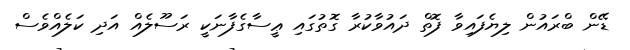
ޑޭން ބްރައުން ލިޔެފައިވާ ފޮތް ދައުވާކުރާ ގޮތުގައި ޢީސާގެފާނަކީ ރަސޫލެއް އަދި ކަލެއްވެސް